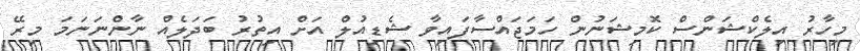
މިހާރު އިލެކްޝަންސް ކޮމިޝަނުން ހަމަޖައްސާފައިވާ ޝެޑިއުލް އަށް އިތުރު ބަދަލެއް ނާންނަނަމަ މިރޭ